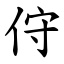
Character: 㑏